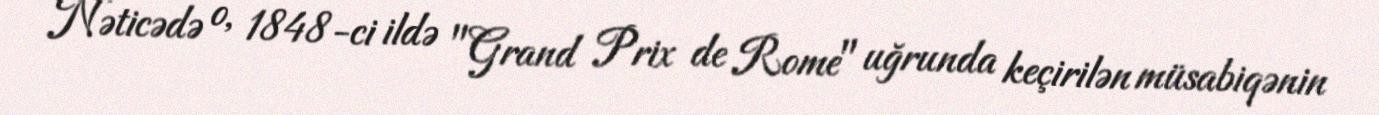
Nəticədə o, 1848-ci ildə "Grand Prix de Rome" uğrunda keçirilən müsabiqənin